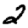
Digit: 2